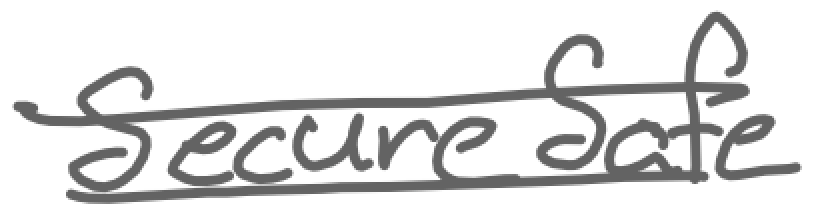
Text: SecureSafe
Cross-out: wave
Writing tool: digital_gray